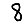
Digit: 8